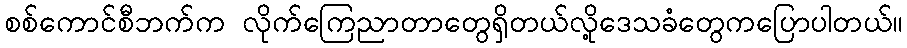
စစ်ကောင်စီဘက်က လိုက်ကြေညာတာတွေရှိတယ်လို့ဒေသခံတွေကပြောပါတယ်။